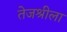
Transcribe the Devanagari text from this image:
तेजश्रीला